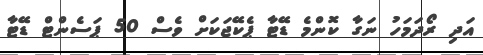
އަދި ރޯދަމަހު ނަގާ ކޮންމެ ޑޭޓާ ޕެކޭޖަކަށް ވެސް 50 ޕަސެންޓް ޑޭޓާ